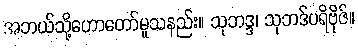
အဘယ်သို့ဟောတော်မူသနည်း။ သုဘဒ္ဒ၊ သုဘဒ်ပရိဗိုဇ်။